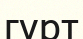
гурт